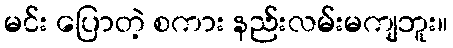
မင်း ပြောတဲ့ စကား နည်းလမ်းမကျဘူး။